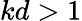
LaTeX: kd>1